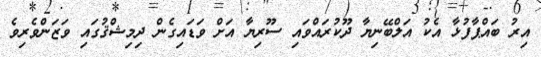
އިރު ބައްޕާފުޅާ އެކު އަލްބޭނިޔާ ދޫކުރައްވައި ސޫރިޔާ އަށް ވަޑައިގެން ދިމިޝްޤުގައި ވަޒަންވެރިވެ